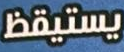
يستيقظ